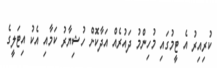
ކުރިއިރު އެ ޓީމުގައި މުހިންމު ދައުރެއް އަދާކޮށް ހުޝިޔާރު ކަމާއި އެކު އިޓަލީގެ